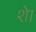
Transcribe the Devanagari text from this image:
शेा